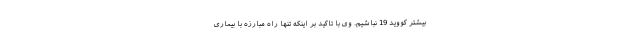
بیشتر کووید 19 نباشیم. وی با تاکید بر اینکه تنها راه مبارزه با بیماری